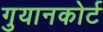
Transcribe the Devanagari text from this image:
गुयानकोर्ट